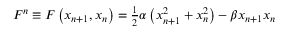
F ^ { n } \equiv F \left( x _ { n + 1 } , x _ { n } \right) = \frac { _ 1 } { ^ 2 } \alpha \left( x _ { n + 1 } ^ { 2 } + x _ { n } ^ { 2 } \right) - \beta x _ { n + 1 } x _ { n }